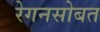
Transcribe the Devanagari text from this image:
रेगनसोबत